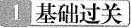
1 基础过关